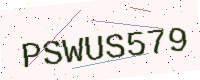
Text: PSWUS579